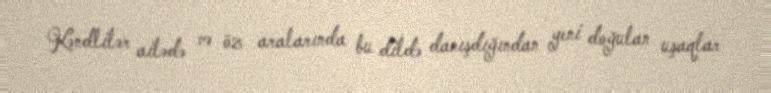
Kəndlilər ailədə və öz aralarında bu dildə danışdığından yeni doğulan uşaqlar